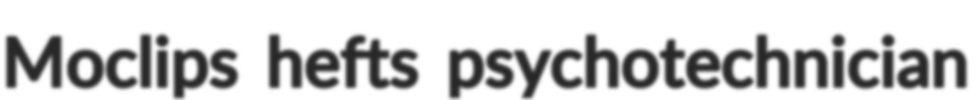
Moclips hefts psychotechnician